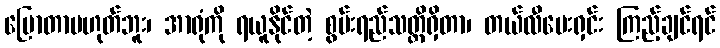
ပြောတာမဟုတ်ဘူး၊ အာရုံကို ရယူနိုင်တဲ့ စွမ်းရည်သတ္တိရှိတာ၊ တယ်လီဗေးရှင်း ကြည့်ချင်ရင်